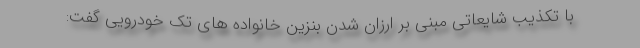
با تکذیب شایعاتی مبنی بر ارزان شدن بنزین خانواده های تک خودرویی گفت: